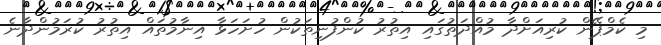
މި ކެމްޕޭން ކުރިއަށްދާ މުއްދަތުގައި އިތުރު ކުންފުނިތަކުން ހުށަހަޅާ އިނާމުތައް އިތުރު ކުރަމުންދާނެ